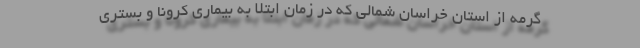
گرمه از استان خراسان شمالی که در زمان ابتلا به بیماری کرونا و بستری